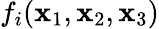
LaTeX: f_{i}(\mathbf{x}_{1},\mathbf{x}_{2},\mathbf{x}_{3})